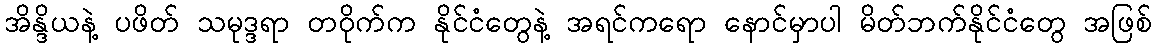
အိန္ဒိယနဲ့ ပဖိတ် သမုဒ္ဒရာ တဝိုက်က နိုင်ငံတွေနဲ့ အရင်ကရော နောင်မှာပါ မိတ်ဘက်နိုင်ငံတွေ အဖြစ်